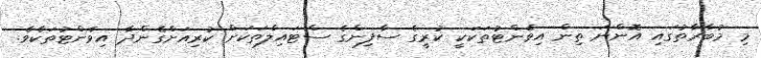
މި މުބާރާތުގައި އޮންނަ ތިން އިވެންޓުތަކަކީ ކުރީގެ ސާފިންގެ ސްޓައިލްތަކަށް ކުރިއަށްގެންދާ އިވެންޓުތަކެވެ.